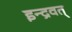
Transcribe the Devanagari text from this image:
इन्द्रवत्